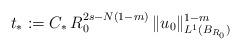
LaTeX: \begin{align*}t_*:=C_* \,R_0^{2s-N(1-m)}\,\|u_0\|_{ L^1(B_{R_0})}^{1-m}\end{align*}